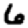
Digit: 6